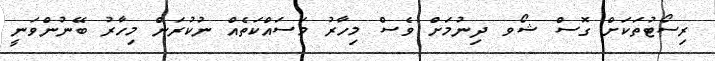
ރިސޯޓުތަކަށް ގޮސް ޝޯވ ދިނުމަށް ވެސް މިހާރު މަސައްކަތެއް ނުކުރަން މިހާރު ބޭނުންވަނީ